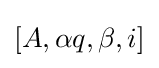
[A,\alpha q,\beta ,i]